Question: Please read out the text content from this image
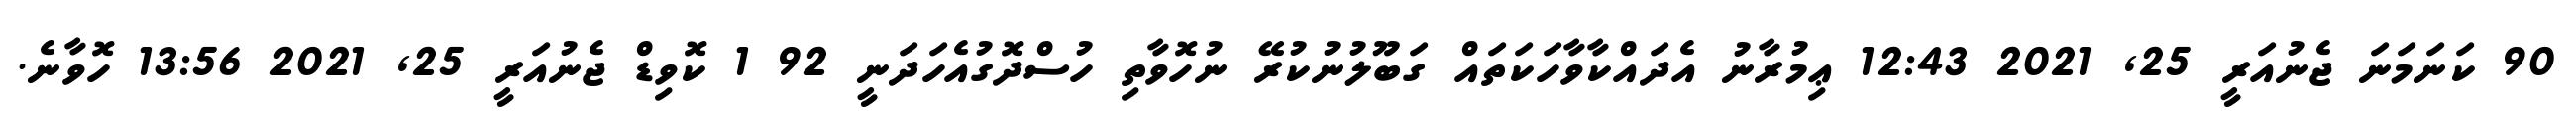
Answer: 90 ކަނަމަނަ ޖެނުއަރީ 25, 2021 12:43 ޢިމުރާނު އެދައްކާވާހަކަތައް ގަބޫލުނުކުރޭ ނުހޮވާތި ހުސްދޮގުއެހަދަނީ 92 1 ކޮވިޑް ޖެނުއަރީ 25, 2021 13:56 ހޮވާނެ.